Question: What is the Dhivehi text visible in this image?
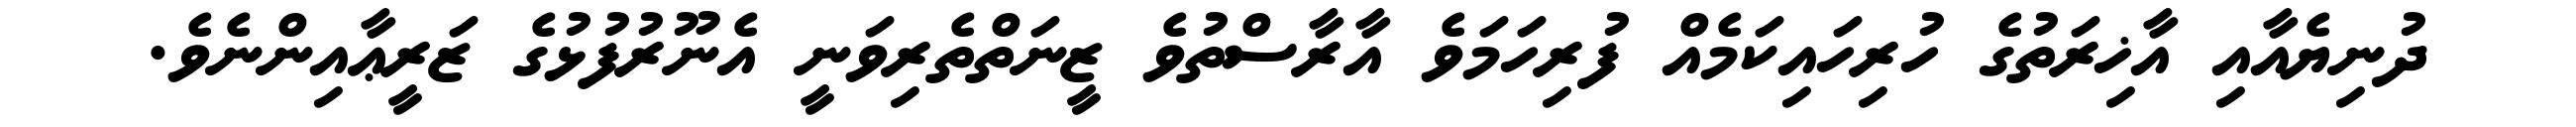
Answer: ދުނިޔެއާއި އާޚިރަތުގެ ހުރިހައިކަމެއް ފުރިހަމަވެ އާރާސްތުވެ ޒީނަތްތެރިވަނީ އެނޫރުފުޅުގެ ޒަރީޢާއިންނެވެ.